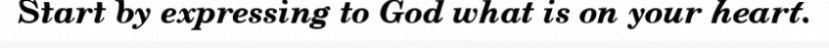
Start by expressing to God what is on your heart.